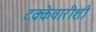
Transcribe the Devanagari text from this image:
टक्केवारीशी